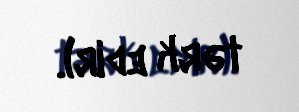
tərk edir).